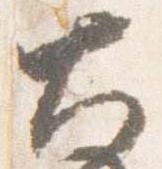
大